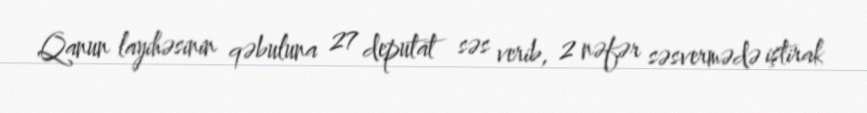
Qanun layihəsinin qəbuluna 27 deputat səs verib, 2 nəfər səsvermədə iştirak